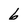
Character: 6